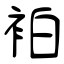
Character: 袙